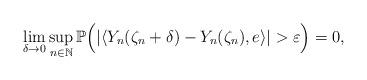
LaTeX: \begin{align*}\lim_{\delta\rightarrow 0}\sup_{n\in\mathbb{N}}\mathbb{P}\Big( |\langle Y_n(\zeta_n +\delta)-Y_n(\zeta_n) , e\rangle | >\varepsilon\Big) =0 ,\end{align*}